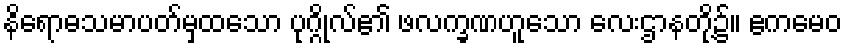
နိရောဓသမာပတ်မှထသော ပုဂ္ဂိုလ်၏ ဖလက္ခဏဟူသော လေးဌာနတို့၌။ ဧကမေဝ